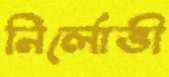
নির্লোভী